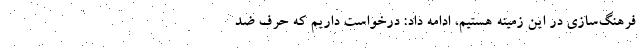
فرهنگ‌سازی در این زمینه هستیم، ادامه داد: درخواست داریم که حرف ضد